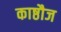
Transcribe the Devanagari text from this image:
काष्ठौज